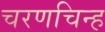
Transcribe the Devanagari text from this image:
चरणचिन्ह